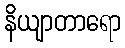
နိယျာတာရော